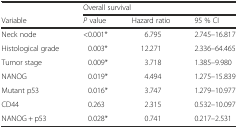
<table><thead><tr><td></td><td colspan="3"><b>Overall survival</b></td></tr><tr><td><b>Variable</b></td><td><b><i>P</i> value</b></td><td><b>Hazard ratio</b></td><td><b>95 % CI</b></td></tr></thead><tbody><tr><td>Neck node</td><td>&lt;0.001*</td><td>6.795</td><td>2.745–16.817</td></tr><tr><td>Histological grade</td><td>0.003*</td><td>12.271</td><td>2.336–64.465</td></tr><tr><td>Tumor stage</td><td>0.009*</td><td>3.718</td><td>1.385–9.980</td></tr><tr><td>NANOG</td><td>0.019*</td><td>4.494</td><td>1.275–15.839</td></tr><tr><td>Mutant p53</td><td>0.016*</td><td>3.747</td><td>1.279–10.977</td></tr><tr><td>CD44</td><td>0.263</td><td>2.315</td><td>0.532–10.097</td></tr><tr><td>NANOG + p53</td><td>0.028*</td><td>0.741</td><td>0.217–2.531</td></tr></tbody></table>